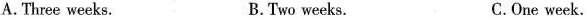
A.Three weeks. B.Two weeks. C.One week.